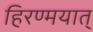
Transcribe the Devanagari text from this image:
हिरण्मयात्